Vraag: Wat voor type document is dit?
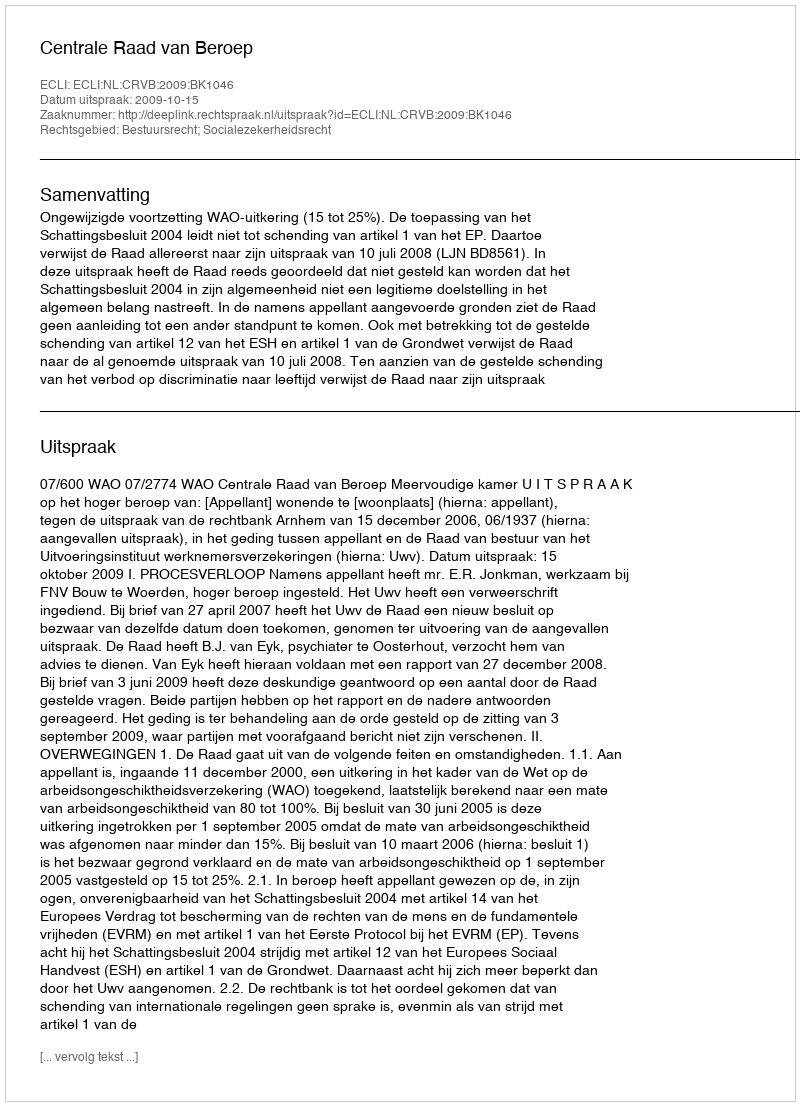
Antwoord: Uitspraak